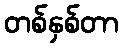
တစ်နှစ်တာ